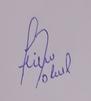
Signature authenticity: forged